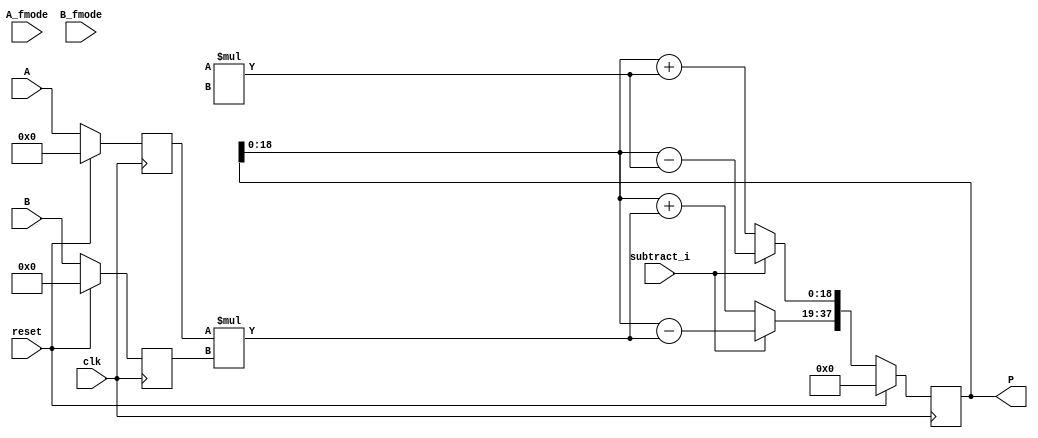
module dsp_fractured_mul_signed_reg_with_accum (clk, reset, subtract_i, A, A_fmode, B, B_fmode, P);
	input clk, reset, subtract_i;
	input signed [9:0] A, A_fmode;
	input signed [8:0] B, B_fmode;
	output reg signed [37:0] P;
	reg signed [9:0] i1, i1_fmode;
	reg signed [8:0] i2, i2_fmode;
	reg signed [18:0] add_or_sub, add_or_sub_fmode, f1, f2;
	always @(posedge clk) begin
		if(reset == 1) begin
			i1 <= 0;
			i2 <= 0;
		end
		else begin
			i1 <= A;
			i2 <= B;
		end
	end
	always @(posedge clk) begin
		if (reset ==1 )
			P <= 0;
		else 
			P <= {add_or_sub, add_or_sub_fmode};

	end

	always @ (*)  begin
		f1 = i1 * i2;
		f2 = i1_fmode * i2_fmode;
	end

	always @ (*)  begin
		if (subtract_i) begin
			add_or_sub = P - f1;
			add_or_sub_fmode = P - f2;
		end
		else begin
			add_or_sub = P + f1;
			add_or_sub_fmode = P + f2;
		end
	end
endmodule